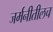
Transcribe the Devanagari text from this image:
जर्मनीतीलच